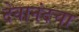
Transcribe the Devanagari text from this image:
देवानंदचा